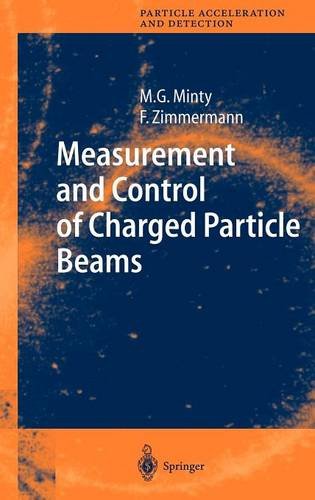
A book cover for Measurement and Control of Charged Particle Beams; Michiko G. Minty; Science & Math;